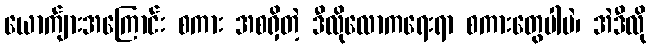
ယောက်ျားအကြောင်း စကား အစရှိတဲ့ ဒီလိုလောကရေးရာ စကားတွေပါပဲ၊ အဲဒီလို